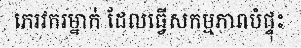
ភេរវករម្នាក់ ដែលធ្វើសកម្មភាពបំផ្ទុះ